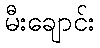
မီးချောင်း